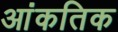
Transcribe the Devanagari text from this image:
आंकतिक